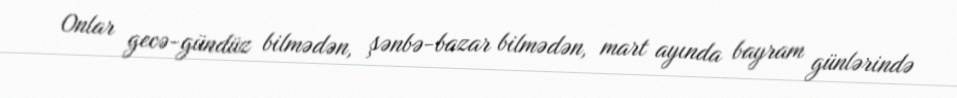
Onlar gecə-gündüz bilmədən, şənbə-bazar bilmədən, mart ayında bayram günlərində